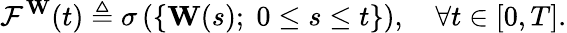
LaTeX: {\mathcal{F}}^{\mathbf{W}}(t)\triangleq\sigma\left(\{ \mathbf{W}(s);\; 0\leq s\leq t\} \right),\quad\forall t\in[0,T].